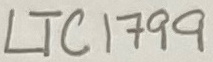
Text: LTC1799